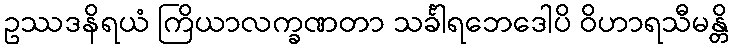
ဥဿဒနိရယံ ကြိယာလက္ခဏတာ သင်္ခါရဘေဒေါပိ ဝိဟာရသီမန္တိ